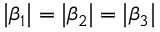
\left| \beta _ { 1 } \right| = \left| \beta _ { 2 } \right| = \left| \beta _ { 3 } \right|